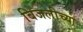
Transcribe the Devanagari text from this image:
बिजलीच्या